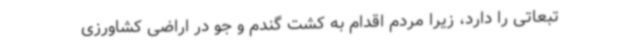
تبعاتی را دارد، زیرا مردم اقدام به کشت گندم و جو در اراضی کشاورزی